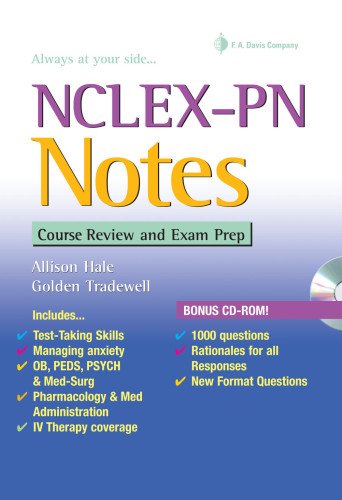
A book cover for NCLEX-PN Notes: Course Review and Exam Prep (Davis's Notes Book); Allison Hale MSN  BA  RN; Medical Books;